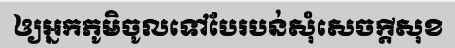
ឲ្យអ្នកភូមិចូលទៅបែរបន់សុំសេចក្តីសុខ